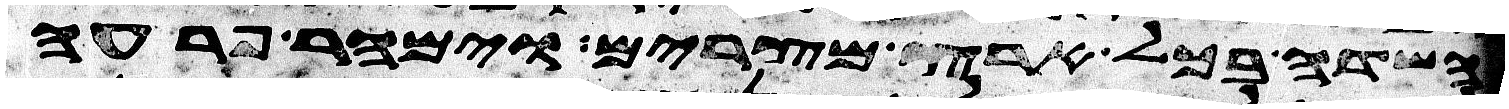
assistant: השדה בכל ארץ מצרים וימהר פרעה